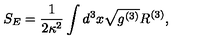
S _ { E } = \frac { 1 } { 2 \kappa ^ { 2 } } \int d ^ { 3 } x \sqrt { g ^ { ( 3 ) } } { R ^ { ( 3 ) } } ,